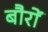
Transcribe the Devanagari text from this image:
बौरों